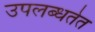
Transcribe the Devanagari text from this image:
उपलब्धतेत